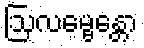
ဩလမ္ဗေန္တော